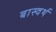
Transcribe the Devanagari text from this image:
बास्वर्थ